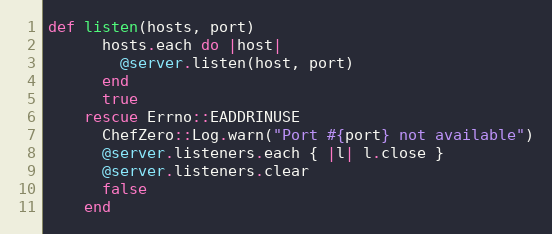
Language: Ruby
def listen(hosts, port)
      hosts.each do |host|
        @server.listen(host, port)
      end
      true
    rescue Errno::EADDRINUSE
      ChefZero::Log.warn("Port #{port} not available")
      @server.listeners.each { |l| l.close }
      @server.listeners.clear
      false
    end